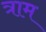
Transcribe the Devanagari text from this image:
त्राम